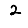
Digit: 2